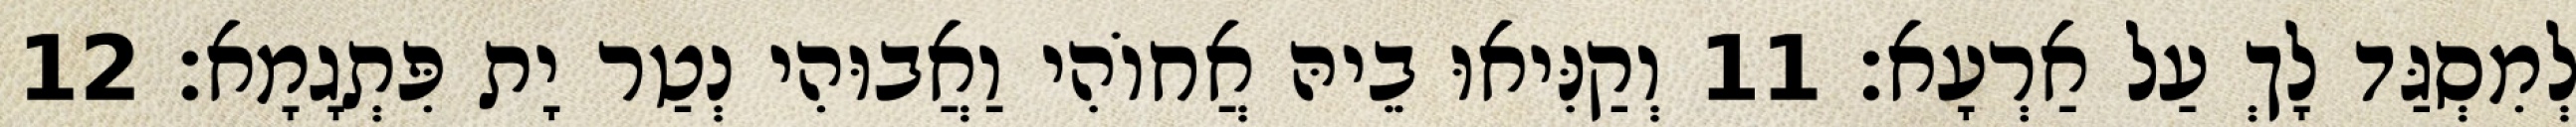
לְמִסְגַּד לָךְ עַל אַרְעָא׃ 11 וְקַנִּיאוּ בֵיהּ אֲחוֹהִי וַאֲבוּהִי נְטַר יָת פִּתְגָמָא׃ 12